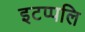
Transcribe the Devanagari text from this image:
इटप्पलि